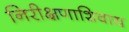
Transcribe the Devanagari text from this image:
निरीक्षणाशिवाय